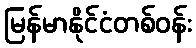
မြန်မာနိုင်ငံတစ်ဝန်း